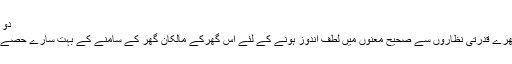
دو منزلہ اور نظارے ہی نظارے
اس حسین وادی میں جا بجا بکھرے قدرتی نظاروں سے صحیح معنوں میں لطف اندوز ہونے کے لئے اس گھرکے مالکان گھر کے سامنے کے بہت سارے حصے شیشے کے بنانا چاہتے تھے۔